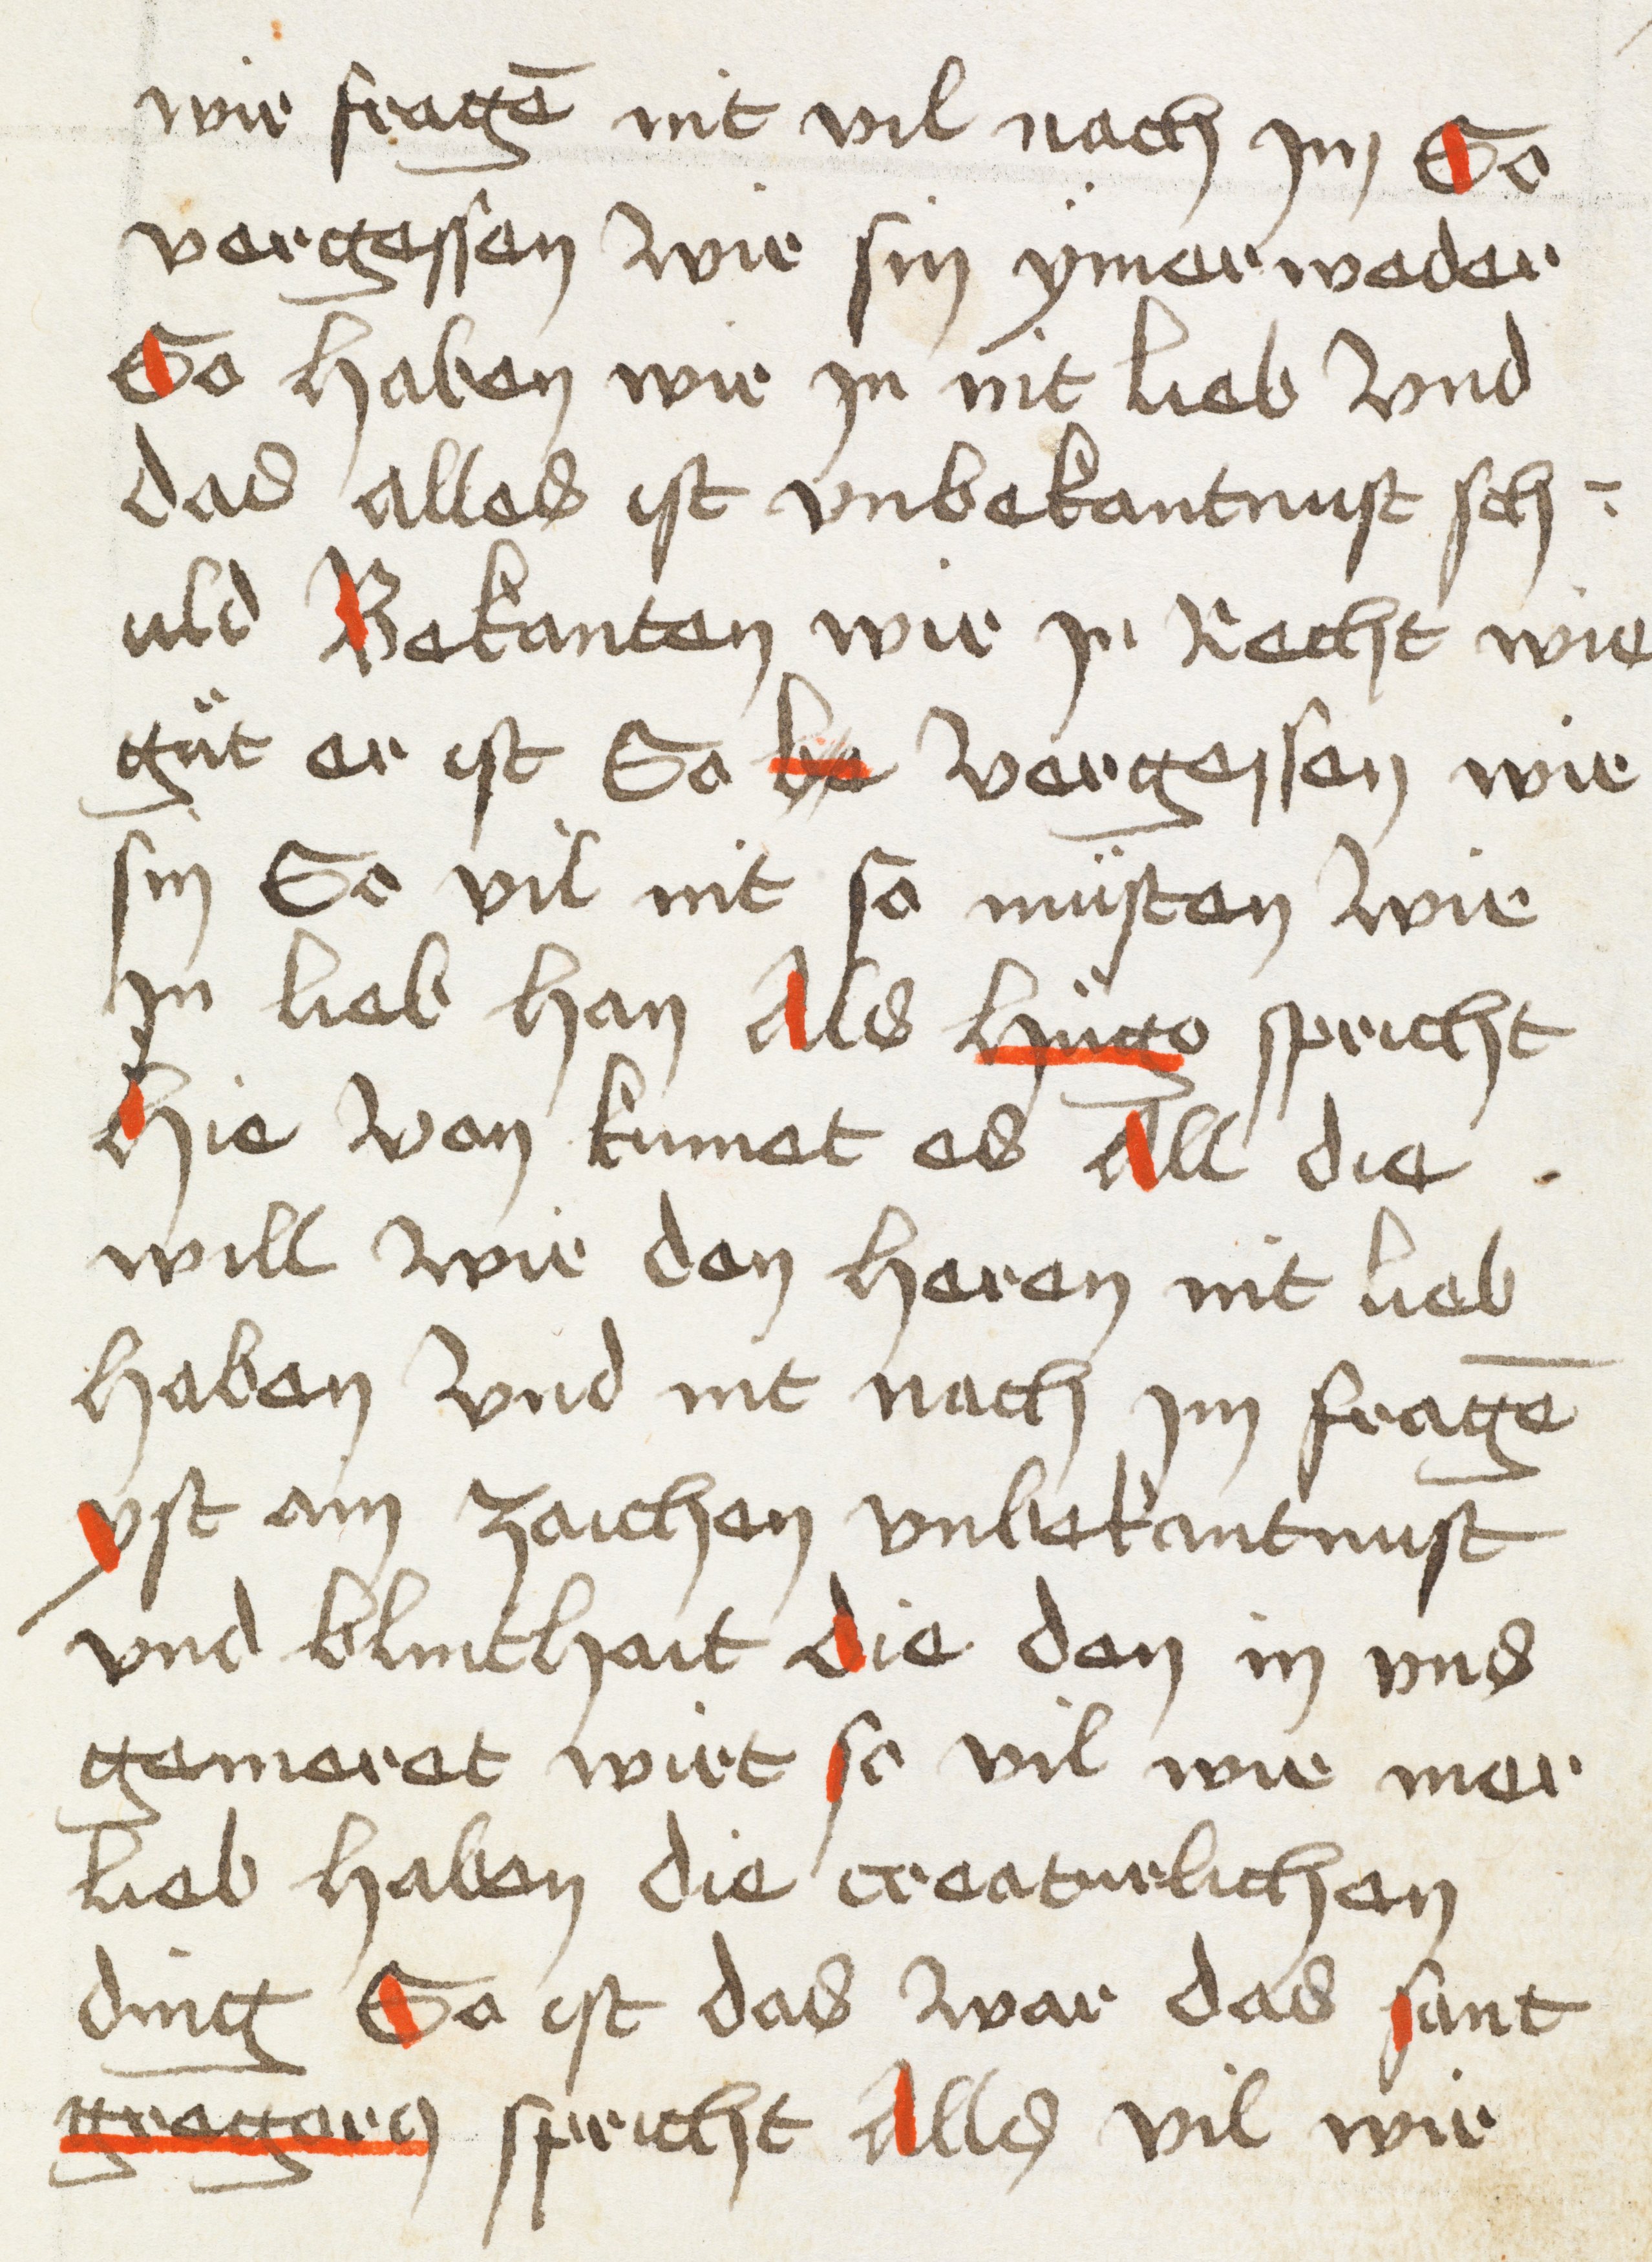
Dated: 1498–1498